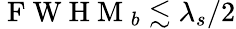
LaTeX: \mathrm{~F~W~H~M~}_{b}\lesssim\lambda_{s}/2